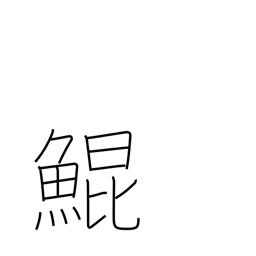
Meaning: large mythical fish